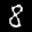
Label: 8